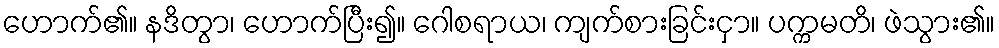
ဟောက်၏။ နဒိတွာ၊ ဟောက်ပြီး၍။ ဂေါစရာယ၊ ကျက်စားခြင်းငှာ။ ပက္ကမတိ၊ ဖဲသွား၏။